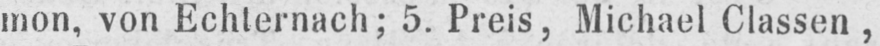
mon, von Echternach; 5. Preis, Michael Classen,